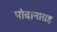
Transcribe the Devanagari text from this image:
पांदानासह